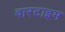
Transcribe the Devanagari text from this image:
वारटाइम